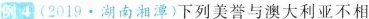
例4 (2019·湖南湘潭)下列美誉与澳大利亚不相